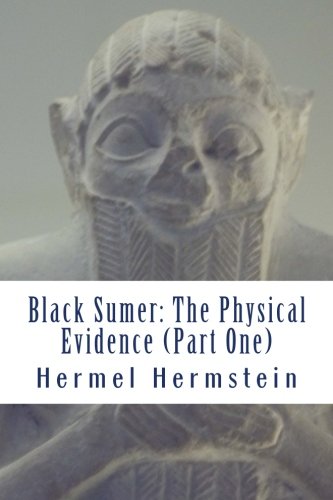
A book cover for Black Sumer: The Physical Evidence (Part One); Hermel Hermstein; History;